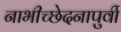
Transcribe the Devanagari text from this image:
नाभीच्छेदनापुर्वी